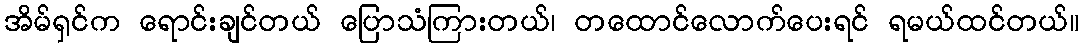
အိမ်ရှင်က ရောင်းချင်တယ် ပြောသံကြားတယ်၊ တထောင်လောက်ပေးရင် ရမယ်ထင်တယ်။